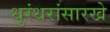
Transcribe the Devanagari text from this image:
धुरंधरांसारखे